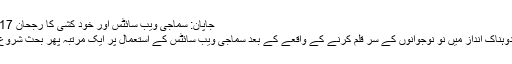
جاپان: سماجی ویب سائٹس اور خود کشی کا رجحان 15.11.2017
جاپان میں اندوہناک انداز میں نو نوجوانوں کے سر قلم کرنے کے واقعے کے بعد سماجی ویب سائٹس کے استعمال پر ایک مرتبہ پھر بحث شروع ہو گئی ہے۔